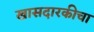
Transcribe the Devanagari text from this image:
खासदारकीचा